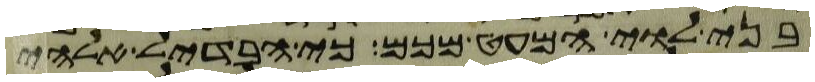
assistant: בני לוי המעט מכם כי הבדיל אלהי